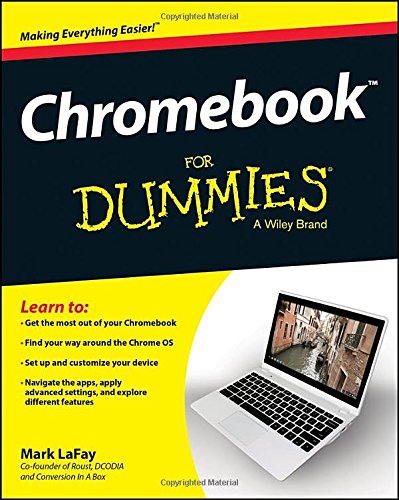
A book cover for Chromebook For Dummies; Mark LaFay; Computers & Technology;